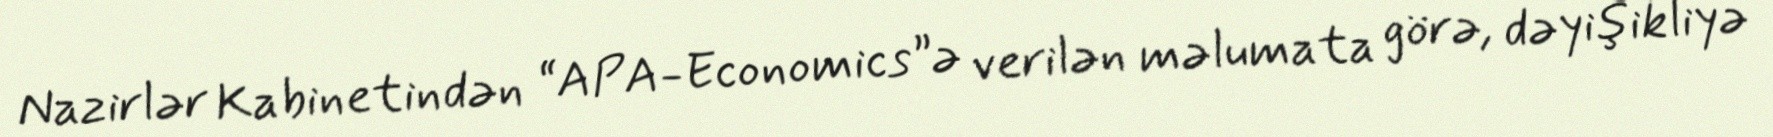
Nazirlər Kabinetindən “APA-Economics”ə verilən məlumata görə, dəyişikliyə